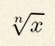
\sqrt[n]{x}